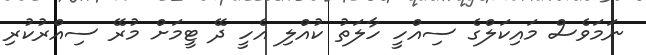
ނަމަވެސް މައިކަލްގެ ސިއްހީ ހާލަތު ކުއްލި އެހީ ދޭ ޓީމަށް މުރޭ ސިއްރުކުރި